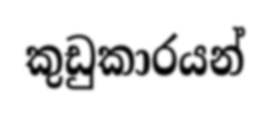
කුඩුකාරයන්